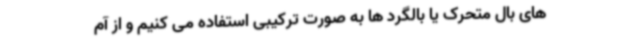
های بال متحرک یا بالگرد ها به صورت ترکیبی استفاده می کنیم و از آم